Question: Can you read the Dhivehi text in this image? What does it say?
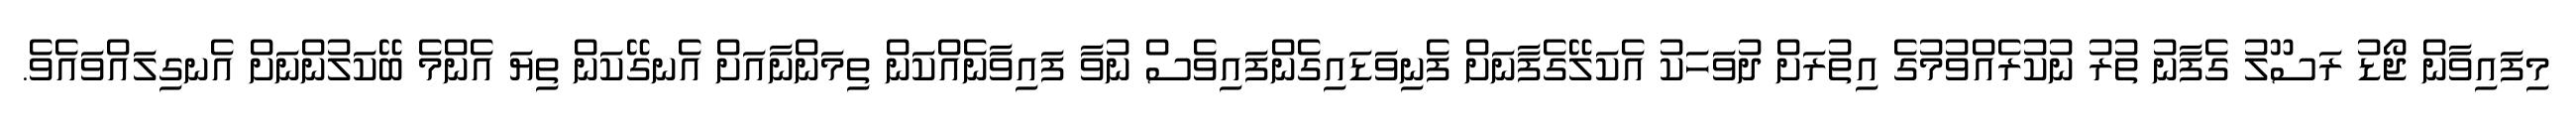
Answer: މިފައިވާން ޖޯޑު ރަސޫލު ގެފާނު ތުރު ނުކުރެއްވުމުގެ އިތުރަށް ދުވަހަކު އެކަލޭގެފާނަށް ފެނިވަޑައިގެންފައިވެސް ނުވާ ފައިވާނެއްކަން ތިމަންނާއަށް އެނގޭކަން ތިޔަ އެންމެ ބޭކަލުންނަށް އެނގިލައްވައެވެ.